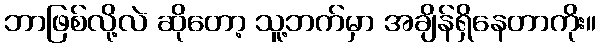
ဘာဖြစ်လို့လဲ ဆိုတော့ သူ့ဘက်မှာ အချိန်ရှိနေတာကိုး။